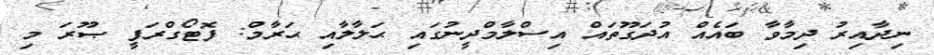
ނިދާއިރު ދިމާވާ ބައެއް އުދަގޫތައް އިސްލާމްދީނުގައި ޙަލާލާއި ޙަރާމް: ފޮޓޯގްރަފީ ޞޫރަ މި